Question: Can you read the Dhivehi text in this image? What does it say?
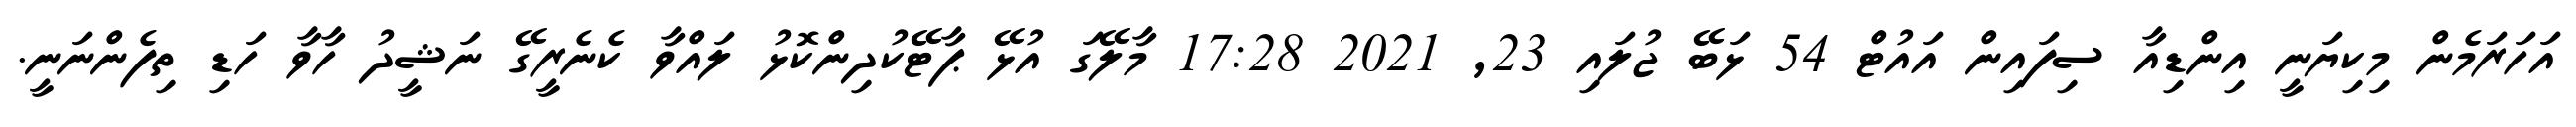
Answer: އަހަރަމެން މިކިޔަނީ އިންޑިއާ ސިފައިން އައުޓް 54 ޅަބޭ ޖުލައި 23, 2021 17:28 މާލޭގަ އުޅޭ ޕާޓޭކުދިންކޮޅު ލައްވާ ކެނެރީގޭ ނަޝީދު ހާވާ ހަޑި ތިފެންނަނީ.